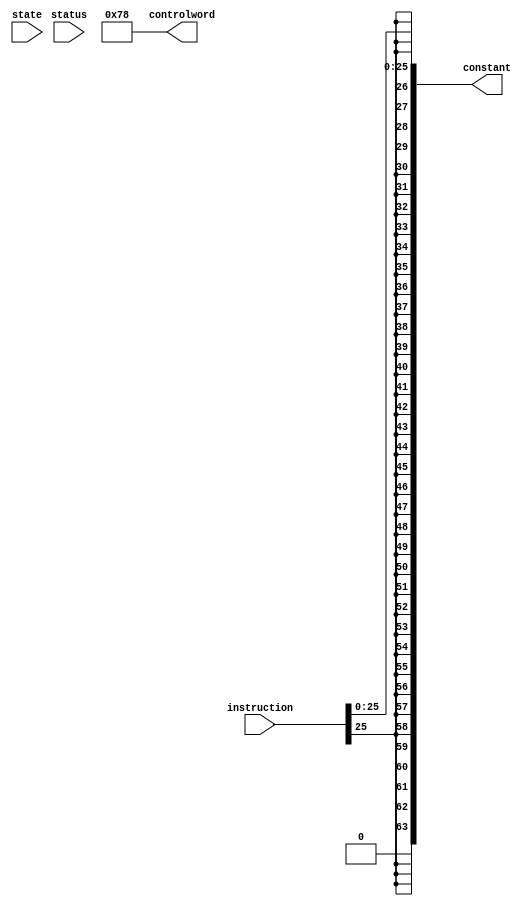

module b_decoder(instruction, state, status, controlword, constant); // double check if correct
    
    input [31:0] instruction;
    input [1:0] state;
    input [4:0] status;
    output [32:0] controlword;
    output [63:0] constant;

    wire databus_alu_enable;
    wire alu_b_select;
    wire [4:0] alu_function_select;

    wire databus_register_file_b_enable;
    wire [4:0] register_file_select_a;
    wire [4:0] register_file_select_b;
    wire [4:0] register_file_address;
    wire register_file_write;

    wire databus_ram_enable;
    wire ram_write;

    wire databus_program_counter_enable;
    wire [1:0] program_counter_function_select;
    wire program_counter_input_select;

    wire status_load;
    wire [1:0] next_state;

    assign constant = {{37{instruction[25]}}, instruction[25:0]};

    assign controlword = {
        databus_alu_enable,
        alu_b_select,
        alu_function_select,
        databus_register_file_b_enable,
        register_file_select_a,
        register_file_select_b,
        register_file_address,
        register_file_write,
        databus_ram_enable,
        ram_write,
        databus_program_counter_enable,
        program_counter_function_select,
        program_counter_input_select,
        status_load,
        next_state
    };

    assign databus_alu_enable = 1'b0;
    assign alu_b_select = 1'b0;
    assign alu_function_select = 5'b0;
    assign databus_register_file_b_enable = 1'b0;
    assign register_file_select_a = 5'b0;
    assign register_file_select_b = 5'b0;
    assign register_file_address = 5'b0;
    assign register_file_write = 1'b0;
    assign databus_ram_enable = 1'b0;
    assign ram_write = 1'b0;
    assign databus_program_counter_enable = 1'b1;
    assign program_counter_function_select = 2'b11;
    assign program_counter_input_select = 1'b1;
    assign status_load = 1'b0;
    assign next_state = 2'b00;

endmodule